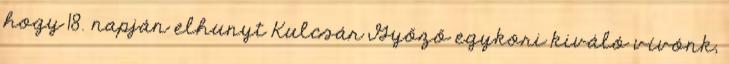
hogy 18. napján elhunyt Kulcsár Győző egykori kiváló vívónk,